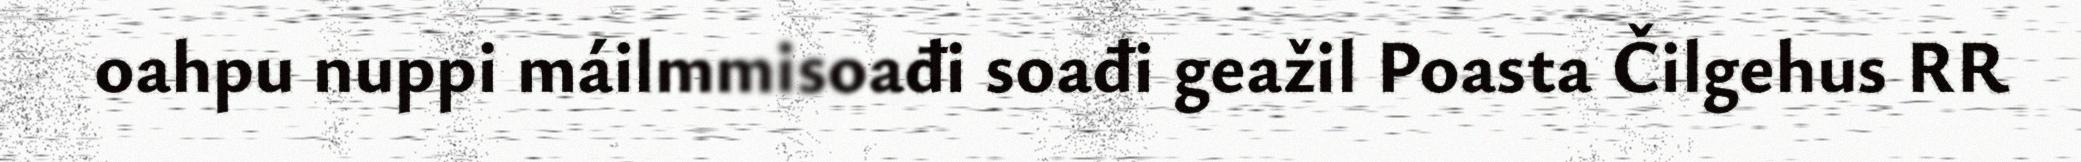
oahpu nuppi máilmmisoađi soađi geažil Poasta Čilgehus RR